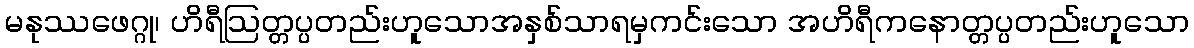
မနုဿဖေဂ္ဂု၊ ဟိရီဩတ္တပ္ပတည်းဟူသောအနှစ်သာရမှကင်းသော အဟိရီကနောတ္တပ္ပတည်းဟူသော